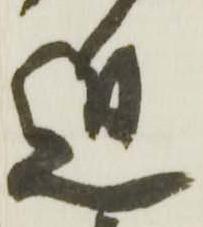
近